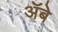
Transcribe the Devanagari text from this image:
ॲबे